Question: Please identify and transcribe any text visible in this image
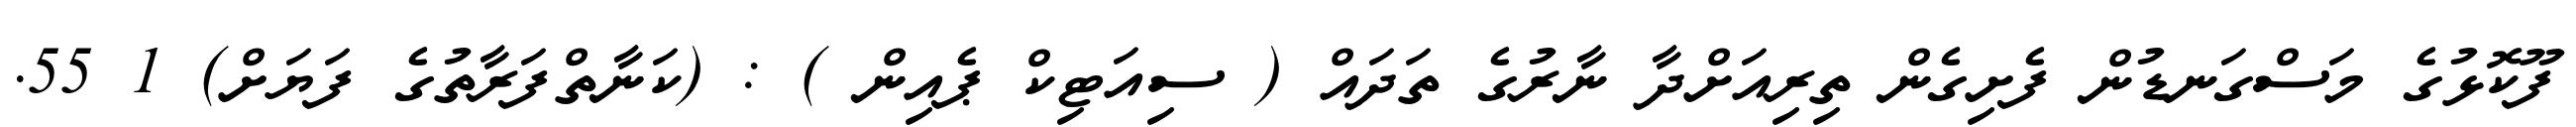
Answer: ފޫކޮޅުގެ މަސްގަނޑުން ފެށިގެން ތިރިއަށްދާ ނާރުގެ ތަދައް ( ސިއަޓިކް ޕެއިން ) : (ކަނާތްފަރާތުގެ ފަޔަށް) 1 55.